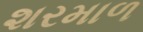
શરમાળ